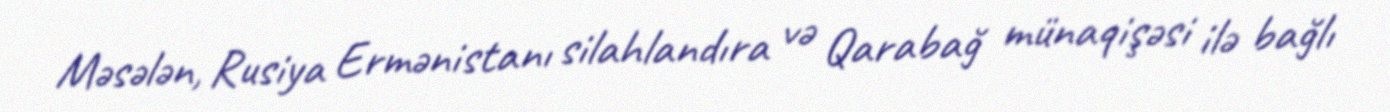
Məsələn, Rusiya Ermənistanı silahlandıra və Qarabağ münaqişəsi ilə bağlı